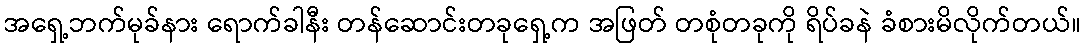
အရှေ့ဘက်မုခ်နား ရောက်ခါနီး တန်ဆောင်းတခုရှေ့က အဖြတ် တစုံတခုကို ရိပ်ခနဲ ခံစားမိလိုက်တယ်။